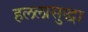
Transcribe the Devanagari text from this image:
हललासुद्धा